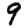
Digit: 9